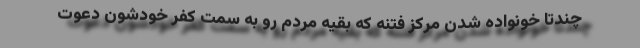
چندتا خونواده شدن مرکز فتنه که بقیه مردم رو به سمت کفر خودشون دعوت